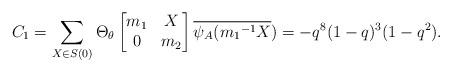
LaTeX: \begin{align*} C_1=\sum_{X \in S(0)}\Theta_{\theta} \begin{bmatrix} m_1 & X\\ 0 & m_2\end{bmatrix}\overline{\psi_A({m_1}^{-1}X})=-q^{8}(1-q)^3(1-q^2).\end{align*}